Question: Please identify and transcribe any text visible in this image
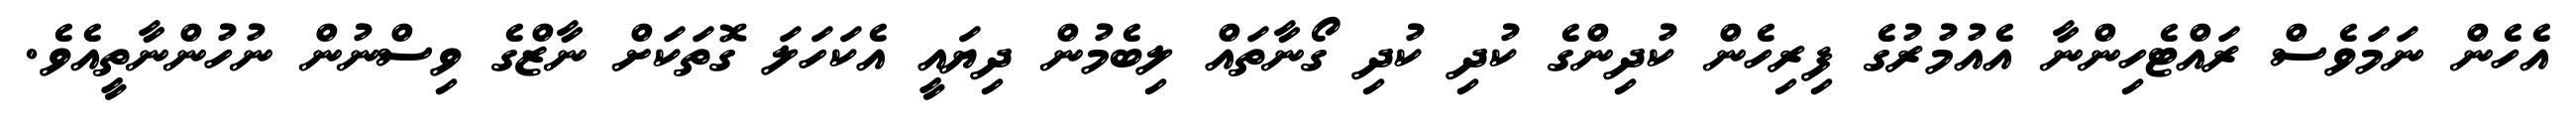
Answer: އެހެން ނަމަވެސް ރައްޓެހިންނާ އެއުމުރުގެ ފިރިހެން ކުދިންގެ ކުދި ކުދި ގޯނާތައް ލިބެމުން ދިޔައީ އެކަހަލަ ގޮތަކަށް ނާޒްގެ ވިސްނުން ނުހުންނާތީއެވެ.